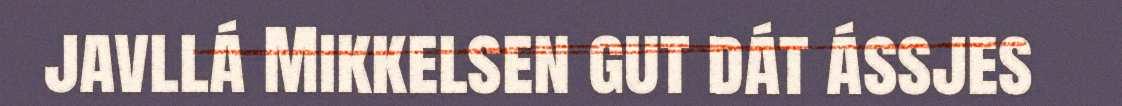
javllá Mikkelsen gut dát ássjes